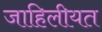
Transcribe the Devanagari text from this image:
जाहिलीयत